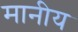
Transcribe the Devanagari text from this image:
मानीय